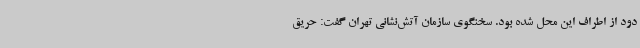
دود از اطراف این محل شده بود. سخنگوی سازمان آتش‌نشانی تهران گفت: حریق